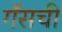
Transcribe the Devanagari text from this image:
गॅसची